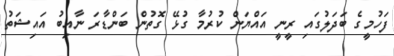
ފަހުމީގެ ބަދަލުގައި ރީނީ އައްޔަން ކުރުމާ ގުޅޭ ގޮތުން ބަންޑާރަ ނާއިބު އައިޝަތު